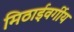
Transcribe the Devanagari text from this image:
मिठाईवर्गीय